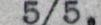
5/5,